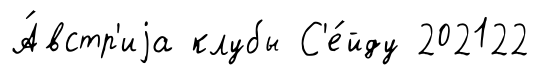
А́встр'иjа клубы С'е́йду 202122